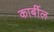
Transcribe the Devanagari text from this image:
कार्बील